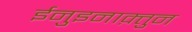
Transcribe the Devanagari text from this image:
ईनुइनाक़्तुन